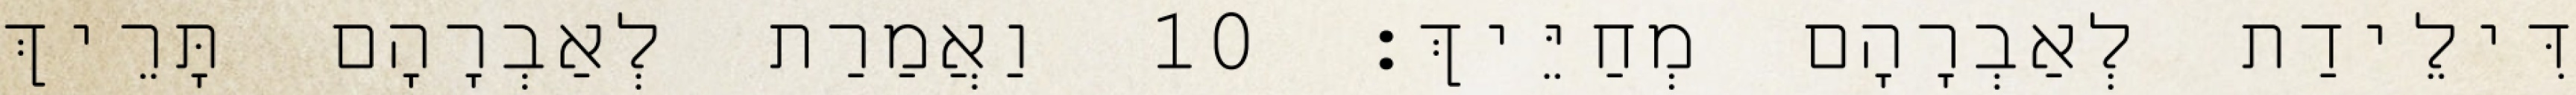
דִּילֵידַת לְאַבְרָהָם מְחַיֵּיךְ׃ 10 וַאֲמַרַת לְאַבְרָהָם תָּרֵיךְ